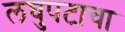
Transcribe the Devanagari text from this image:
लघुपटाचा